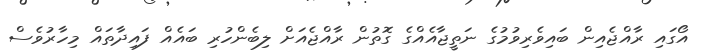
އޯގައި ރާއްޖެއިން ބައިވެރިވުމުގެ ނަތީޖާއެއްގެ ގޮތުން ރާއްޖެއަށް ލިބެންހުރި ބައެއް ފައިދާތައް މިހާރުވެސް